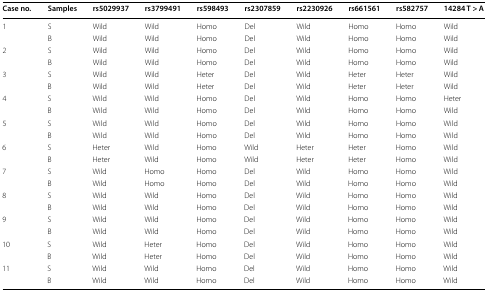
<table><thead><tr><td><b>Case no.</b></td><td><b>Samples</b></td><td><b>rs5029937</b></td><td><b>rs3799491</b></td><td><b>rs598493</b></td><td><b>rs2307859</b></td><td><b>rs2230926</b></td><td><b>rs661561</b></td><td><b>rs582757</b></td><td><b>14284 T &gt; A</b></td></tr></thead><tbody><tr><td rowspan="2">1</td><td>S</td><td>Wild</td><td>Wild</td><td>Homo</td><td>Del</td><td>Wild</td><td>Homo</td><td>Homo</td><td>Wild</td></tr><tr><td>B</td><td>Wild</td><td>Wild</td><td>Homo</td><td>Del</td><td>Wild</td><td>Homo</td><td>Homo</td><td>Wild</td></tr><tr><td rowspan="2">2</td><td>S</td><td>Wild</td><td>Wild</td><td>Homo</td><td>Del</td><td>Wild</td><td>Homo</td><td>Homo</td><td>Wild</td></tr><tr><td>B</td><td>Wild</td><td>Wild</td><td>Homo</td><td>Del</td><td>Wild</td><td>Homo</td><td>Homo</td><td>Wild</td></tr><tr><td rowspan="2">3</td><td>S</td><td>Wild</td><td>Wild</td><td>Heter</td><td>Del</td><td>Wild</td><td>Heter</td><td>Heter</td><td>Wild</td></tr><tr><td>B</td><td>Wild</td><td>Wild</td><td>Heter</td><td>Del</td><td>Wild</td><td>Heter</td><td>Heter</td><td>Wild</td></tr><tr><td rowspan="2">4</td><td>S</td><td>Wild</td><td>Wild</td><td>Homo</td><td>Del</td><td>Wild</td><td>Homo</td><td>Homo</td><td>Heter</td></tr><tr><td>B</td><td>Wild</td><td>Wild</td><td>Homo</td><td>Del</td><td>Wild</td><td>Homo</td><td>Homo</td><td>Wild</td></tr><tr><td rowspan="2">5</td><td>S</td><td>Wild</td><td>Wild</td><td>Homo</td><td>Del</td><td>Wild</td><td>Homo</td><td>Homo</td><td>Wild</td></tr><tr><td>B</td><td>Wild</td><td>Wild</td><td>Homo</td><td>Del</td><td>Wild</td><td>Homo</td><td>Homo</td><td>Wild</td></tr><tr><td rowspan="2">6</td><td>S</td><td>Heter</td><td>Wild</td><td>Homo</td><td>Wild</td><td>Heter</td><td>Heter</td><td>Homo</td><td>Wild</td></tr><tr><td>B</td><td>Heter</td><td>Wild</td><td>Homo</td><td>Wild</td><td>Heter</td><td>Heter</td><td>Homo</td><td>Wild</td></tr><tr><td rowspan="2">7</td><td>S</td><td>Wild</td><td>Homo</td><td>Homo</td><td>Del</td><td>Wild</td><td>Homo</td><td>Homo</td><td>Wild</td></tr><tr><td>B</td><td>Wild</td><td>Homo</td><td>Homo</td><td>Del</td><td>Wild</td><td>Homo</td><td>Homo</td><td>Wild</td></tr><tr><td rowspan="2">8</td><td>S</td><td>Wild</td><td>Wild</td><td>Homo</td><td>Del</td><td>Wild</td><td>Homo</td><td>Homo</td><td>Wild</td></tr><tr><td>B</td><td>Wild</td><td>Wild</td><td>Homo</td><td>Del</td><td>Wild</td><td>Homo</td><td>Homo</td><td>Wild</td></tr><tr><td rowspan="2">9</td><td>S</td><td>Wild</td><td>Wild</td><td>Homo</td><td>Del</td><td>Wild</td><td>Homo</td><td>Homo</td><td>Wild</td></tr><tr><td>B</td><td>Wild</td><td>Wild</td><td>Homo</td><td>Del</td><td>Wild</td><td>Homo</td><td>Homo</td><td>Wild</td></tr><tr><td rowspan="2">10</td><td>S</td><td>Wild</td><td>Heter</td><td>Homo</td><td>Del</td><td>Wild</td><td>Homo</td><td>Homo</td><td>Wild</td></tr><tr><td>B</td><td>Wild</td><td>Heter</td><td>Homo</td><td>Del</td><td>Wild</td><td>Homo</td><td>Homo</td><td>Wild</td></tr><tr><td rowspan="2">11</td><td>S</td><td>Wild</td><td>Wild</td><td>Homo</td><td>Del</td><td>Wild</td><td>Homo</td><td>Homo</td><td>Wild</td></tr><tr><td>B</td><td>Wild</td><td>Wild</td><td>Homo</td><td>Del</td><td>Wild</td><td>Homo</td><td>Homo</td><td>Wild</td></tr></tbody></table>